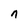
Character: n